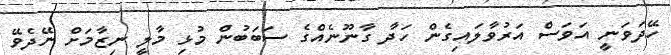
ހޭދަވަނީ އަވަސް އަރުވާލައިގެން ހަދާ ގާނޫނެއްގެ ސަބަބުން މުޅި މާލީ ނިޒާމަށް ނޭދެވޭ